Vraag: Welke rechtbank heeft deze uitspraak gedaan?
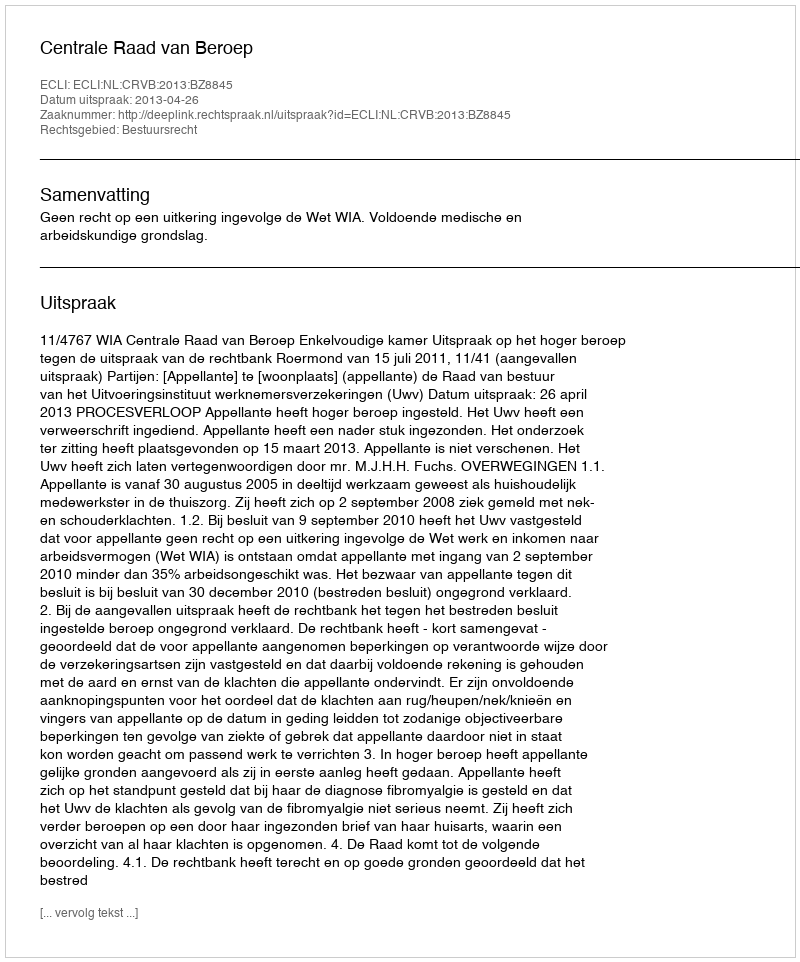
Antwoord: Centrale Raad van Beroep